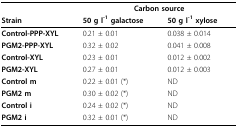
|  | <COLSPAN=2> Carbon source |
 | Strain | 50 g l-1 galactose | 50 g l-1 xylose |
 | --- | --- | --- |
 | Control-PPP-XYL | 0.21 ± 0.01 | 0.038 ± 0.014 |
 | PGM2-PPP-XYL | 0.32 ± 0.02 | 0.041 ± 0.008 |
 | Control-XYL | 0.23 ± 0.01 | 0.012 ± 0.002 |
 | PGM2-XYL | 0.27 ± 0.01 | 0.012 ± 0.003 |
 | Control m | 0.22 ± 0.01 (*) | ND |
 | PGM2 m | 0.30 ± 0.02 (*) | ND |
 | Control i | 0.24 ± 0.02 (*) | ND |
 | PGM2 i | 0.32 ± 0.01 (*) | ND |